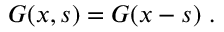
G ( x , s ) = G ( x - s ) ~ .